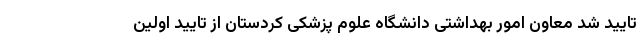
تایید شد معاون امور بهداشتی دانشگاه علوم پزشکی کردستان از تایید اولین